Tezpur Lunatic Asylum reports 1877-1894 - 1877-1894
Year: 1877
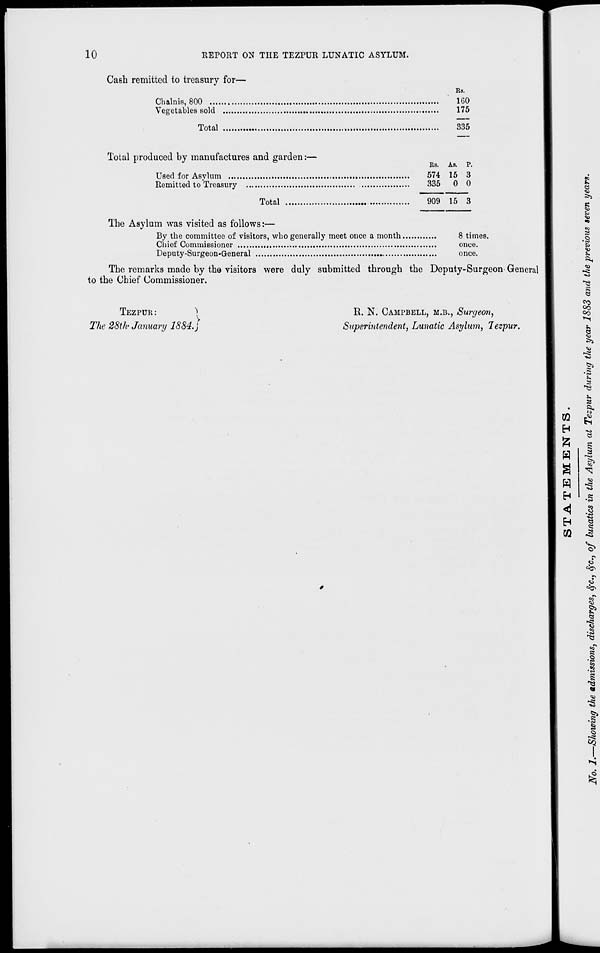
10
REPORT ON THE TEZPUR LUNATIC ASYLUM.
Cash remitted to treasury for—
Chalnis, 800 ....
Vegetables sold
Total
Rs.
1G0
175
335
Total produced by manufactures and garden:—
Used for Asylum ....
Remitted to Treasury
Total
Es. As. P.
574 15 3
335 0 0
909 15 3
The Asylum was visited as follows:—
By the committee of visitors, who generally meet once a month.
Chief Commissioner
Deputy-Surgeon-General
8 times.
once.
once.
The remarks made by the visitors were duly submitted through the Deputy-Surgeon- General
to the Chief Commissioner.
TEZPUR:
1
The 28th January 1884.}
R. N. CAMPBELL, M.B., Surgeon,
Superintendent, Lunatic Asylum, Tezpur.